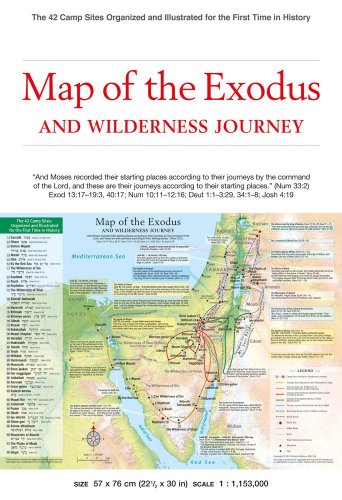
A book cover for Map of the Exodus and Wilderness Journey: The 42 Camp Sites Organized and Illustrated for the First Time in History (History of Redemption); Christian Books & Bibles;